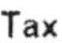
TAX